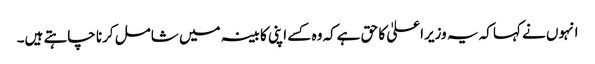
انہوں نے کہا کہ یہ وزیراعلیٰ کا حق ہےکہ وہ کسے اپنی کابینہ میں شامل کرنا چاہتے ہیں۔